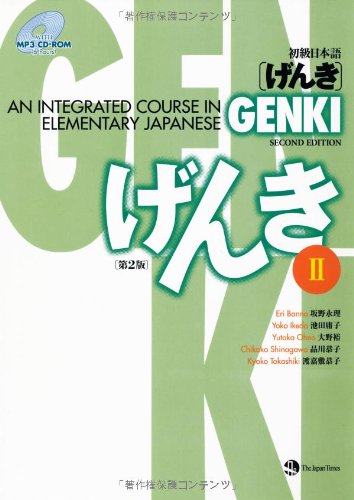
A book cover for Genki: An Integrated Course in Elementary Japanese II [Second Edition] (Japanese Edition) (English and Japanese Edition); Eri Banno; Reference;